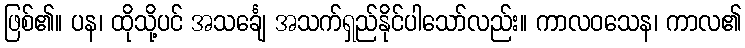
ဖြစ်၏။ ပန၊ ထိုသို့ပင် အသင်္ချေ အသက်ရှည်နိုင်ပါသော်လည်း။ ကာလဝသေန၊ ကာလ၏